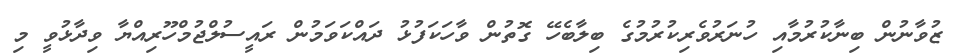
ޒުވާނުން ބިނާކުރުމާއި ހުނަރުވެރިކުރުމުގެ ބިލާބެހޭ ގޮތުން ވާހަކަފުޅު ދައްކަވަމުން ރައީސުލްޖުމްހޫރިއްޔާ ވިދާޅުވީ މި